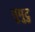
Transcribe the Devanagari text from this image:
तूमुटु